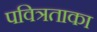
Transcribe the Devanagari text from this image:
पवित्रताका